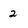
Character: 2